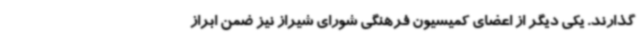
گذارند. یکی دیگر از اعضای کمیسیون فرهنگی شورای شیراز نیز ضمن ابراز